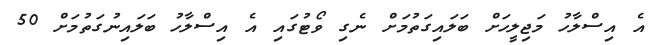
އެ އިސްލާހު މަޖިލީހަށް ބަލައިގަތުމަށް ނެގި ވޯޓުގައި އެ އިސްލާހު ބަލައިނުގަތުމަށް 50